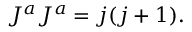
{ \cal J } ^ { a } { \cal J } ^ { a } = j ( j + 1 ) .